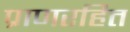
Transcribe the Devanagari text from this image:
प्राणरहित